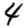
Digit: 4